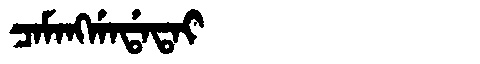
Manchu: ᠴᠠᠮᠠᠩᡤᠠᡩᠠᡨᠠᡳ
Romanization: CAMANGGADATAI